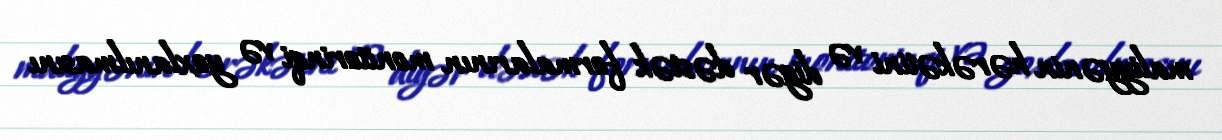
maliyyənin hərəkətini və digər dəstək formalarının monitorinqi və yoxlanılmasını